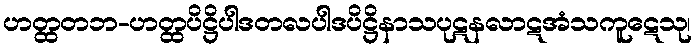
ဟတ္ထတဘ-ဟတ္ထပိဋ္ဌိပါဒတလပါဒပိဋ္ဌိနာသပုဋနလာဋအံသကူဋေသု၊